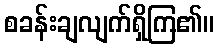
စခန်းချလျက်ရှိကြ၏။